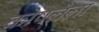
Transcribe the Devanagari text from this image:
कोपलेला